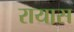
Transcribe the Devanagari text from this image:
रायास